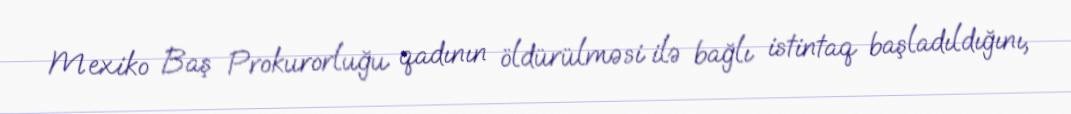
Mexiko Baş Prokurorluğu qadının öldürülməsi ilə bağlı istintaq başladıldığını,